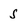
Character: S